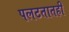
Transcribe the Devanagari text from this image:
पलटतातही